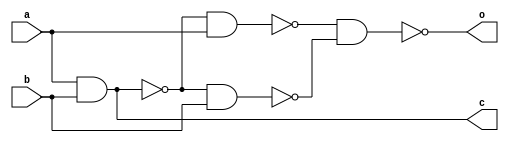
module halfadder(a,b,o,c);
	input a,b;
	output o,c;
	wire x,y,z,m;
	nand(x,a,b);
	nand(y,x,a);
	nand(z,x,b);
	nand(o,y,z);
	nand(m,a,b);
	nand(c,1,m);
endmodule
module full_adder(a,b,cin,o,cout);
	input a,b,cin;
	output o,cout;
	wire x,y,z,w,m,n,p;
	nand#(10) n1(x,a,b);
	nand#(10) n2(y,x,a);
	nand#(10) n3(z,x,b);
	nand#(10) n4(w,y,z);
	nand#(10) n5(m,w,cin);
	nand#(10) n6(n,w,m);
	nand#(10) n7(p,m,cin);
	nand#(10) n8(cout,x,m);
	nand#(10) n9(o,p,n);
endmodule
module carry_adder(a,b,o,c);
	input[3:0] a;
	input[3:0] b;
	output[3:0] o;
	output c;
	wire[4:0] ct;
	wire[3:0] st;
	wire[3:0] g;
	wire[3:0] p;
	wire[3:0] x;
	full_adder f0(a[0],b[0],ct[0],st[0],x[0]);
	full_adder f1(a[1],b[1],ct[1],st[1],x[1]);
	full_adder f2(a[2],b[2],ct[2],st[2],x[2]);
	full_adder f3(a[3],b[3],ct[3],st[3],x[3]);
	assign g[0] = a[0] & b[0];
	assign g[1] = a[1] & b[1];
	assign g[2] = a[2] & b[2];
	assign g[3] = a[3] & b[3];
	
	assign p[0] = a[0] | b[0];
	assign p[1] = a[1] | b[1];
	assign p[2] = a[2] | b[2];
	assign p[3] = a[3] | b[3];
	
	assign ct[0] = 1'b0;
	assign ct[1] = g[0] | (p[0] & ct[0]);
	assign ct[2] = g[1] | (p[1] & ct[1]);
	assign ct[3] = g[2] | (p[2] & ct[2]);
	assign ct[4] = g[3] | (p[3] & ct[3]);
	
	assign c = ct[4];
	assign o = st;
endmodule
module rca(a,b,o,c);
	input[3:0] a,b;
	output[3:0] o;
	output c;
	wire[3:0] ripple;
	wire[3:0] sum;
	full_adder f1(a[0],b[0],1'b0,sum[0],ripple[0]);
	full_adder f2(a[1],b[1],ripple[0],sum[1],ripple[1]);
	full_adder f3(a[2],b[2],ripple[1],sum[2],ripple[2]);
	full_adder f4(a[3],b[3],ripple[2],sum[3],ripple[3]);
	
	assign c = ripple[3];
	assign o = sum;
endmodule

module nbitRca (a,b,o,c,check);
	input[7:0] a;
	input[7:0] b;
	input check;
	output[7:0] o;
	wire[7:0] sum;
	wire[7:0] ripple;
	output c;
	full_adder f1(a[0],b[0],1'b0,sum[0],ripple[0]);
	genvar i;
	generate
		for(i=1;i<8;i=i+1) begin
			full_adder f(a[i],b[i],ripple[i-1],sum[i],ripple[i]);
		end
	endgenerate
	assign c = ripple[7];
	assign o = sum;
endmodule
/*module testbench_halfadder;
	reg a,b;
	wire o,c;
	halfadder ha(a,b,o,c);
	initial
		begin
			$monitor($time," a=%1b,b=%1b,o=%1b,c=%1b",a,b,o,c);
			#0	a=1'b0;b=1'b0;
			#30	a=1'b0;b=1'b1;
			#30	a=1'b1;b=1'b0;
			#30	a=1'b1;b=1'b1;
		end	
endmodule*/

/*module testbench_fulladder;
	reg a,b,cin;
	wire o,cout;
	full_adder fa(a,b,cin,o,cout);
	initial
		begin
			$monitor($time," a=%1b,b=%1b,cin=%1b,o=%1b,cout=%1b",a,b,cin,o,cout);
			#0 	a=1'b0;b=1'b0;cin=1'b0;
			#100	a=1'b0;b=1'b0;cin=1'b1;
			#100	a=1'b0;b=1'b1;cin=1'b0;
			#100	a=1'b0;b=1'b1;cin=1'b1;
			#100	a=1'b1;b=1'b0;cin=1'b0;
			#100	a=1'b1;b=1'b0;cin=1'b1;
			#100	a=1'b1;b=1'b1;cin=1'b0;
			#100	a=1'b1;b=1'b1;cin=1'b1;
			#100 $finish;
		end	
endmodule*/

module testbench_complex_adder;
	reg[7:0] a;
	reg[7:0] b;
	wire[7:0] out;
	wire c;
	//carry_adder c1(a,b,out,c);
	//rca r1(a,b,out,c);
	nbitRca r1(a,b,out,c,1'b0);
	initial
		begin
			$monitor($time," a=%8b,b=%8b,out=%8b,c=%1b",a,b,out,c);
			#0	a=8'b00000000;b=8'b10001110;
			#200 a=8'b10000000;b=8'b11100001;
			#400 $finish;
		end
endmodule